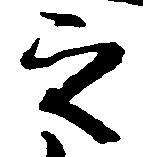
之